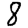
Digit: 8